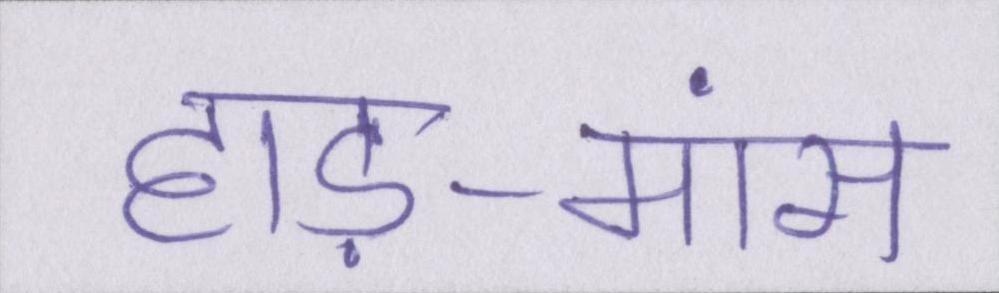
हाड़-मांस